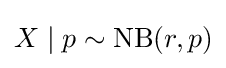
X\mid p\sim \mathrm {NB} (r,p)